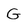
Character: G